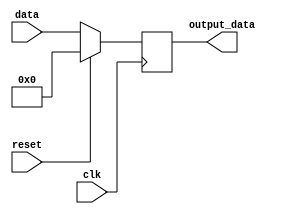
module sync_reset_example (
    input wire clk,        // Clock signal
    input wire reset,      // Synchronous reset signal
    input wire [7:0] data, // Example data input
    output reg [7:0] output_data // Example output
);

// Behavioral logic with synchronous reset
always @(posedge clk) begin
    if (reset) begin
        // Reset output to zero or predefined initial state
        output_data <= 8'b0; // Reset output
    end else begin
        // Normal operation: update output_data based on input data
        output_data <= data; // Simple assignment for demonstration
    end
end

endmodule